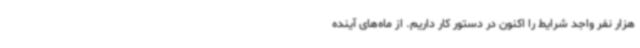
هزار نفر واجد شرایط را اکنون در دستور کار داریم. از ماه‌های آینده